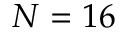
N = 1 6